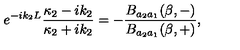
e ^ { - i k _ { 2 } L } \frac { \kappa _ { 2 } - i k _ { 2 } } { \kappa _ { 2 } + i k _ { 2 } } = - \frac { B _ { a _ { 2 } a _ { 1 } } ( \beta , - ) } { B _ { a _ { 2 } a _ { 1 } } ( \beta , + ) } ,